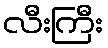
လီးကြီး